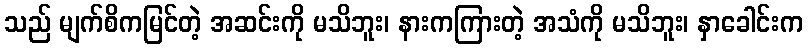
သည် မျက်စိကမြင်တဲ့ အဆင်းကို မသိဘူး၊ နားကကြားတဲ့ အသံကို မသိဘူး၊ နှာခေါင်းက